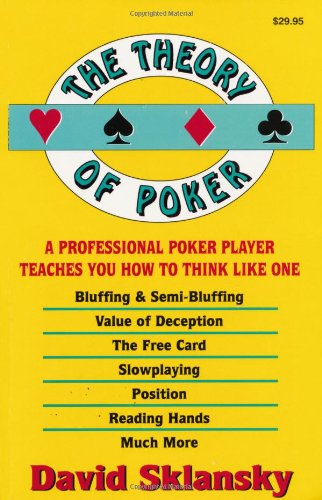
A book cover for The Theory of Poker:  A Professional Poker Player Teaches You How To Think Like One; David Sklansky; Humor & Entertainment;